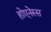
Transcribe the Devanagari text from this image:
होएनेस्स